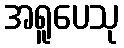
အရူပေသု